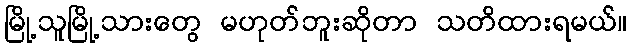
မြို့သူမြို့သားတွေ မဟုတ်ဘူးဆိုတာ သတိထားရမယ်။